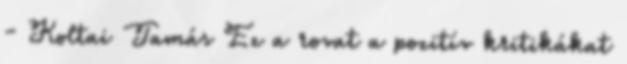
- Koltai Tamás Ez a rovat a pozitív kritikákat